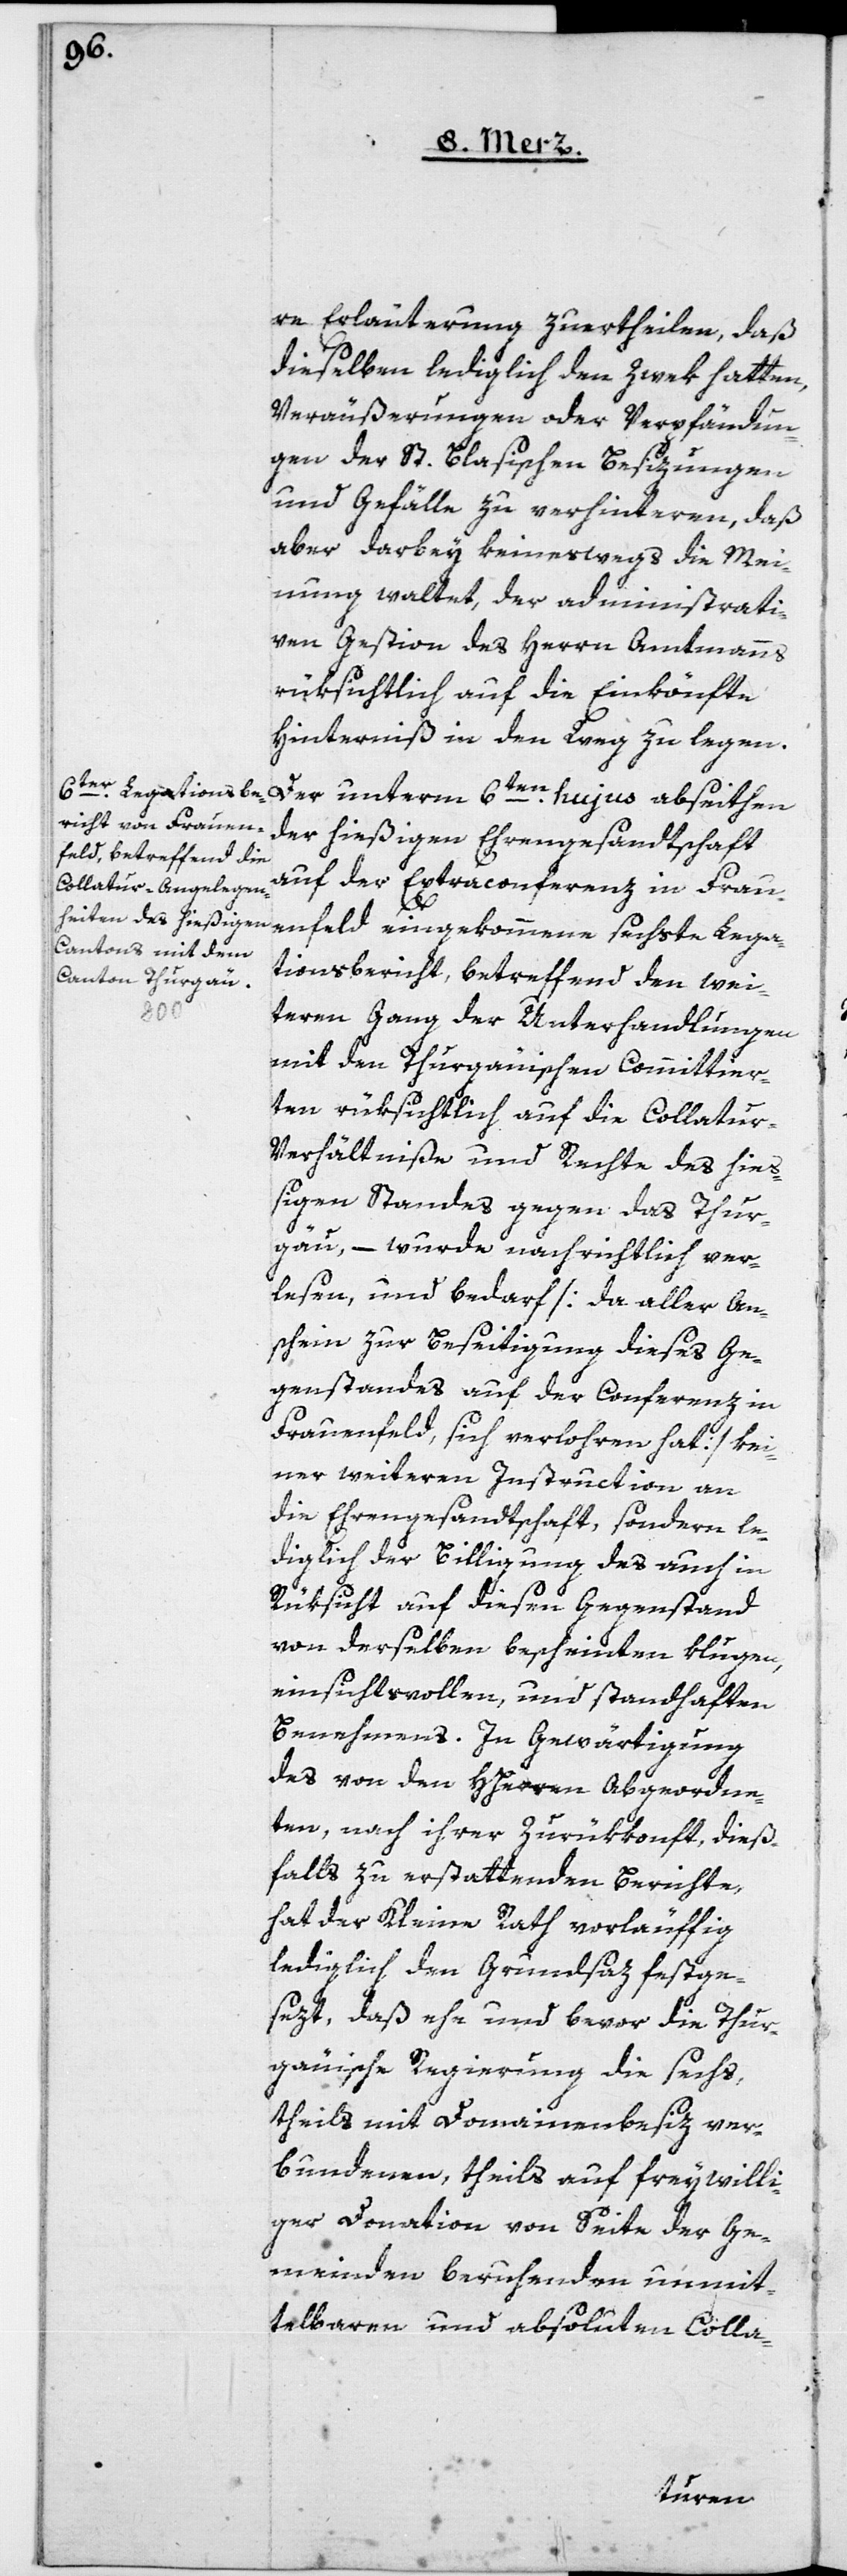
re Erläuterung zuertheilen, daß
dieselben lediglich den Zwek hatten,
Veräußerungen oder Verpfändun¬
gen der St. Blasischen Besizungen
und Gefälle zu verhinderen, daß
aber darbey keineswegs die Mei¬
nung waltet, der administrati¬
ven Gestion des Herrn Amtmanns
rüksichtlich auf die Einkönfte
Hinderniß in den Weg zu legen.
Der unterm 6ten hujus abseithen
der hießigen Ehrengesandtschaft
auf der Extraconferenz in Frau¬
enfeld eingekommene sechste Lega¬
tionsbericht, betreffend den wei¬
teren Gang der Unterhandlungen
mit dem Thurgauischen Committier¬
ten rüksichtlich auf die Collatur-V¬
erhältniße und Rechte des hieß¬
igen Standes gegen das Thur¬
gäu, – wurde nachrichtlich ver¬
lesen und bedarf [da aller An¬
schein zur Beseitigung dieses Ge¬
genstandes auf der Conferenz in
Frauenfeld, sich verloren hat] kei¬
ner weiteren Instruction an
die Ehrengesandtschaft, sondern le¬
diglich der Billigung des auch in
Rüksicht auf diesen Gegenstand
von derselben bescheinten klugen,
einsichtsvollen, und standhaften
Benehmens. In Gewärtigung
des von den HHerren Abgeordne¬
ten, nach ihrer Zurükkonft dieß¬
falls zu erstattenden Berichte,
hat der Kleine Rath vorläuffig
lediglich den Grundsaz festge¬
sezt, daß ehe und bevor die Thur¬
gauische Regierung die sechs,
theils mit Domainenbesitz ver¬
bundenen, teils auf freywilli¬
ger Donation von Seite der Ge¬
meinden beruhenden unmit¬
telbaren und absoluten Colla-